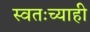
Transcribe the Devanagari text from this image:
स्वतःच्याही